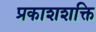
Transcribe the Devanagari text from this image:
प्रकाशशक्ति